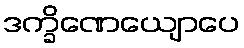
ဒက္ခိဏေယျောပေ